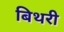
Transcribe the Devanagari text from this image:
बिथरी